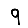
Digit: 9